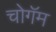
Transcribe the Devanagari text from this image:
चोगॅम